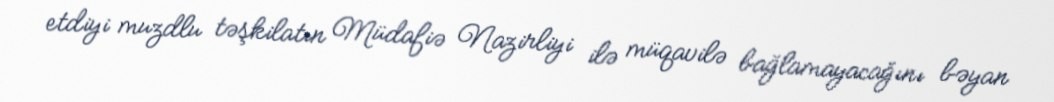
etdiyi muzdlu təşkilatın Müdafiə Nazirliyi ilə müqavilə bağlamayacağını bəyan